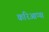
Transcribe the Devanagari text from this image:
करिआप्पा